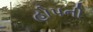
હોપની